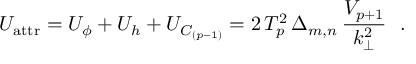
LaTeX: U _ { \mathrm { a t t r } } = U _ { \phi } + U _ { h } + U _ { C _ { ( p - 1 ) } } = 2 \, T _ { p } ^ { 2 } \, \Delta _ { m , n } \, \frac { V _ { p + 1 } } { k _ { \bot } ^ { 2 } } ~ ~ .